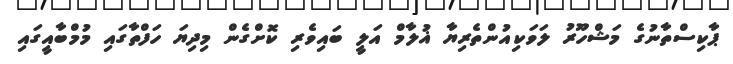
ޕާކިސްތާނުގެ މަޝްހޫރު ލަވަކިއުންތެރިޔާ ޣުލާމް އަލީ ބައިވެރި ކޮށްގެން މިދިޔަ ހަފްތާގައި މުމްބާއީގައި